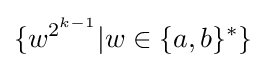
\{w^{2^{k-1}}|w\in \{a,b\}^{*}\}